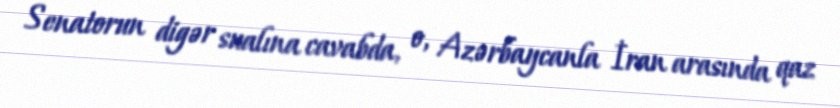
Senatorun digər sualına cavabda, o, Azərbaycanla İran arasında qaz